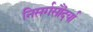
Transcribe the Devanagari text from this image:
निसर्गसौंदर्या